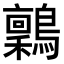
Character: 𬷶